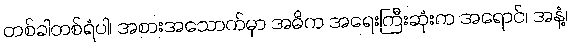
တစ်ခါတစ်ရံပါ၊ အစားအသောက်မှာ အဓိက အရေးကြီးဆုံးက အရောင်၊ အနံ့၊